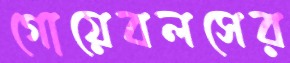
গোয়েবলসের